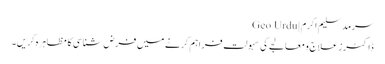
سرمد سلیم اکرم | Geo Urdu
ڈاکٹرز علاج و معالجے کی سہولت فراہم کرنے میں فرض شناسی کا مظاہرہ کریں۔